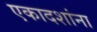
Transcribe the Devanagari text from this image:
एकादशांना